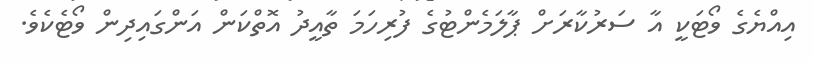
އިއްޔެގެ ވޯޓަކީ އާ ސަރުކާރަށް ޕާލަމެންޓުގެ ފުރިހަމަ ތާއީދު އޮތްކަން އަންގައިދިން ވޯޓެކެވެ.